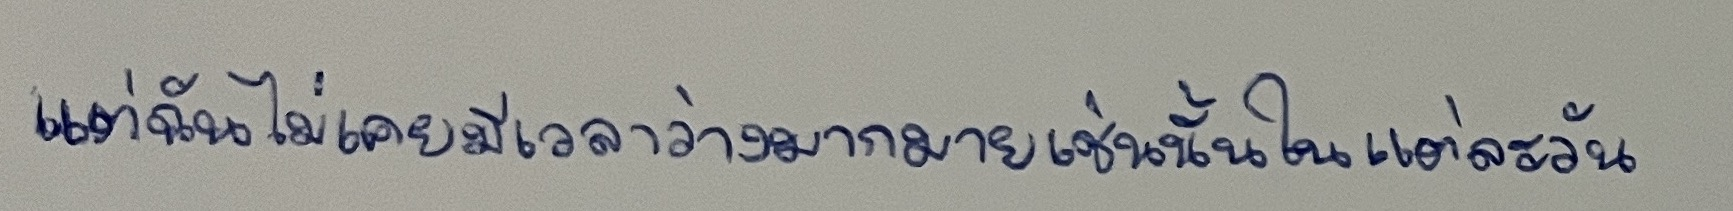
แต่ฉันไม่เคยมีเวลาว่างมากมายเช่นนั้นเลยในแต่ละวัน